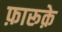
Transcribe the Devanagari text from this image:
फ़ारूक़े